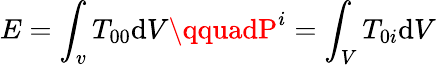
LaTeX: E=\int_{v}T_{00}\mathrm{d}V\qquadP^{i}=\int_{V}T_{0i}\mathrm{d}V